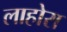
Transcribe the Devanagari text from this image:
लाहोरा